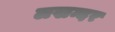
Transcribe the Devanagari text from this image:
लखन्दर